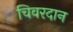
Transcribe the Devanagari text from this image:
चिवरदान